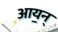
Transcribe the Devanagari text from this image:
आय॒न्